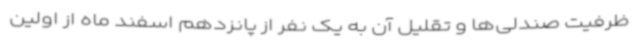
ظرفیت صندلی‌ها و تقلیل آن به یک نفر از پانزدهم اسفند ماه از اولین